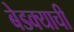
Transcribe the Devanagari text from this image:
बेडक्याची